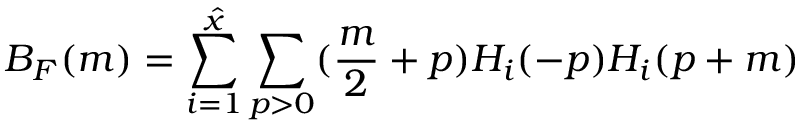
B _ { F } ( m ) = \sum _ { i = 1 } ^ { \hat { x } } \sum _ { p > 0 } ( \frac { m } { 2 } + p ) H _ { i } ( - p ) H _ { i } ( p + m )